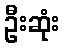
ဦးဆုံး